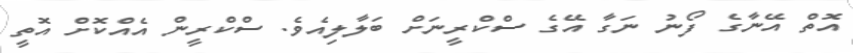
އޮތް އޭނާގެ ފޯނު ނަގާ އޭގެ ސްކްރީނަށް ބަލާލިއެވެ. ސްކްރީން އެއްކޮށް އޮތީ